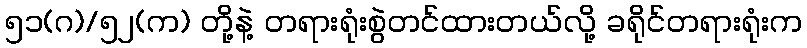
၅၁(ဂ)/၅၂(က) တို့နဲ့ တရားရုံးစွဲတင်ထားတယ်လို့ ခရိုင်တရားရုံးက